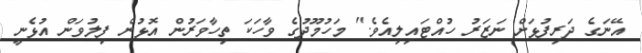
އޭނަގެ ދަރިފުޅަށް ނަޒަރު ހުއްޓައިލިއެވެ." މަހުމޫދުގެ ވާހަކަ ތިހާވަރުން އޮޅުން ފިލުވަން އުޅެނީ